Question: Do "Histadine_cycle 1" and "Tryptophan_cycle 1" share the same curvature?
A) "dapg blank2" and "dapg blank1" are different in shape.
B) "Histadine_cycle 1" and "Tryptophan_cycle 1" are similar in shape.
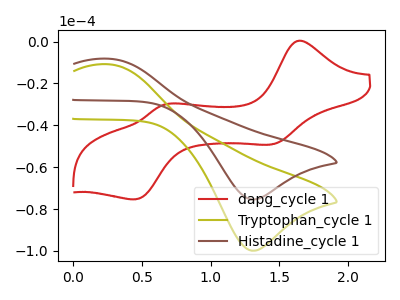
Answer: <think>The red curve "dapg_cycle 1" has anodic peaks at (1.65V, 0.30uA) (0.65V, -30.10uA) and cathodic peaks at (1.45V, -49.15uA) (0.45V, -75.35uA). The olive curve "Tryptophan_cycle 1" has an anodic peak at (0.25V, -10.85uA) and a cathodic peak at (1.30V, -99.95uA). The brown curve "Histadine_cycle 1" has an anodic peak at (0.25V, -8.20uA) and a cathodic peak at (1.30V, -75.45uA).
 All the peaks in "Histadine_cycle 1" have a peak in "Tryptophan_cycle 1" at the same potential.</think>
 <answer>B) "Histadine_cycle 1" and "Tryptophan_cycle 1" are similar in shape.</answer>
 <eval>B</eval>